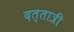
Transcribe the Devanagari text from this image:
दत्तात्री